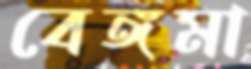
বেঙ্গমা